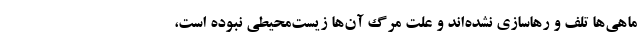
ماهی‌ها تلف و رهاسازی نشده‌اند و علت مرگ آن‌ها زیست‌محیطی نبوده است،